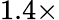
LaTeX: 1.4\times